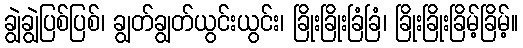
ချွဲချွဲပြစ်ပြစ်၊ ချွတ်ချွတ်ယွင်းယွင်း၊ ခြိုးခြိုးခြံခြံ၊ ခြိုးခြိုးခြိမ့်ခြိမ့်။